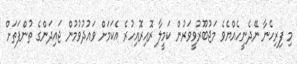
މި ފިރިހެނާ ނޭދެނީހެއްޔެވެ މަޖުބޫރުވީވަރުން ކަމީލާ ރޮއިރޮއިހުރެ އެކަމަށް ވައުދުވުމުން ޖައިދަންގެ ތުންފަތަށް